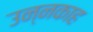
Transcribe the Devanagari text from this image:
उन्नकाह